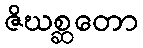
ဇိဃစ္ဆတော